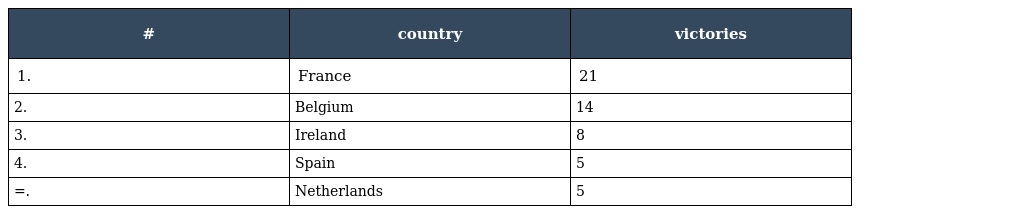
| # | country | victories |
 | --- | --- | --- |
 | 1. | France | 21 |
 | 2. | Belgium | 14 |
 | 3. | Ireland | 8 |
 | 4. | Spain | 5 |
 | =. | Netherlands | 5 |